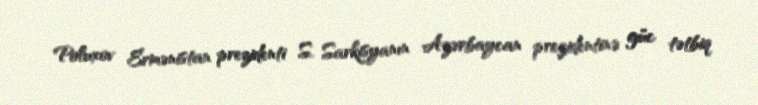
Poluxov Ermənistan prezidenti S. Sarkisyanın Azərbaycan prezidentinə güc tətbiq